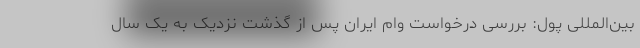
بین‌المللی پول: بررسی درخواست وام ایران پس از گذشت نزدیک به یک سال